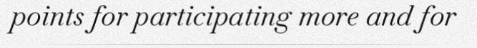
points for participating more and for